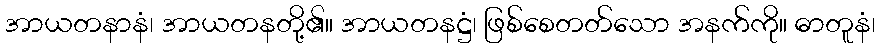
အာယတနာနံ၊ အာယတနတို့၏။ အာယတနဋ္ဌံ၊ ဖြစ်စေတတ်သော အနက်ကို။ ဓာတူနံ၊